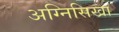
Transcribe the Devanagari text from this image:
अग्निसिखा